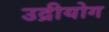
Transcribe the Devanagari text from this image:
उद्रीयोग